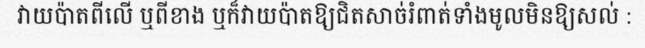
វាយប៉ាតពីលើ ឬពីខាង ឬក៏វាយប៉ាតឱ្យជិតសាច់រំពាត់ទាំងមូលមិនឱ្យសល់ :